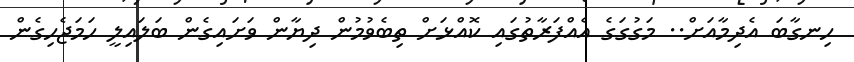
ހިނގާބަ އެދިމާއަށް.. މަގުގަގެ އެއްފަރާތުގައި ކޮއްޅަށް ތިބެވުމުން ދިޔާން ވަށައިގެން ބަލައިލީ ހަމަޖެހިގެން